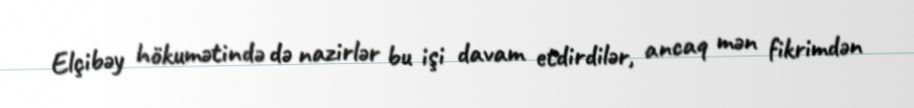
Elçibəy hökumətində də nazirlər bu işi davam etdirdilər, ancaq mən fikrimdən